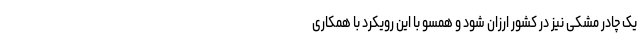
یک چادر مشکی نیز در کشور ارزان شود و همسو با این رویکرد با همکاری